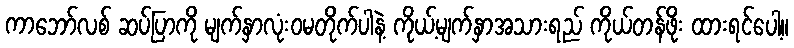
ကာဘော်လစ် ဆပ်ပြာကို မျက်နှာလုံးဝမတိုက်ပါနဲ့ ကိုယ့်မျက်နှာအသားရည် ကိုယ်တန်ဖိုး ထားရင်ပေါ့။